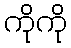
ကိုကို